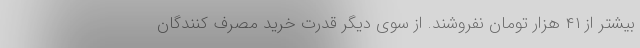
بیشتر از ۴۱ هزار تومان نفروشند. از سوی دیگر قدرت خرید مصرف کنندگان